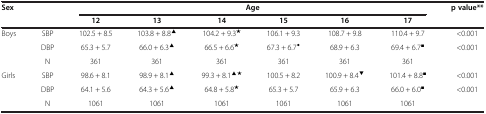
| <ROWSPAN=2-COLSPAN=2> Sex | <COLSPAN=6> Age | <ROWSPAN=2> p value** |
 | 12 | 13 | 14 | 15 | 16 | 17 |
 | --- | --- | --- | --- | --- | --- | --- | --- | --- |
 | <ROWSPAN=3> Boys | SBP | 102.5 + 8.5 | 103.8 + 8.8▲ | 104.2 + 9.3★ | 106.1 + 9.3 | 108.7 + 9.8 | 110.4 + 9.7 | <0.001 |
 | DBP | 65.3 + 5.7 | 66.0 + 6.3▲ | 66.5 + 6.6★ | 67.3 + 6.7◆ | 68.9 + 6.3 | 69.4 + 6.7■ | <0.001 |
 | N | 361 | 361 | 361 | 361 | 361 | 361 |  |
 | <ROWSPAN=3> Girls | SBP | 98.6 + 8.1 | 98.9 + 8.1▲ | 99.3 + 8.1▲★ | 100.5 + 8.2 | 100.9 + 8.4▼ | 101.4 + 8.8■ | <0.001 |
 | DBP | 64.1 + 5.6 | 64.3 + 5.6▲ | 64.8 + 5.8★ | 65.3 + 5.7 | 65.9 + 6.3 | 66.0 + 6.0■ | <0.001 |
 | N | 1061 | 1061 | 1061 | 1061 | 1061 | 1061 |  |